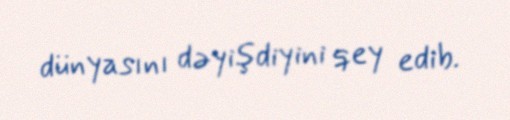
dünyasını dəyişdiyini qey edib.